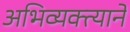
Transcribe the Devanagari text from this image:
अभिव्यक्त्याने